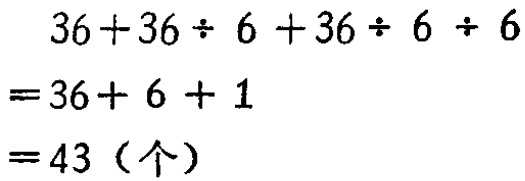
\[
\begin{align*}
&36 + 36\div6 + 36\div6\div6\\
=&36 + 6+ 1\\
=&43（个）
\end{align*}
\]